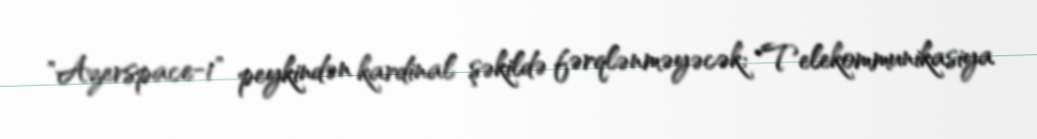
"Azerspace-1" peykindən kardinal şəkildə fərqlənməyəcək: "Telekommunikasiya